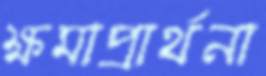
ক্ষমাপ্রার্থনা